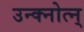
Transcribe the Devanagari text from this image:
उन्क्नोत्न्